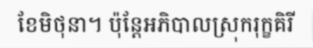
ខែមិថុនា។ ប៉ុន្តែអភិបាលស្រុករុក្ខគិរី